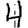
Digit: 4